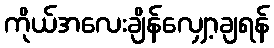
ကိုယ်အလေးချိန်လျှော့ချရန်